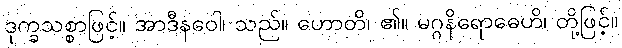
ဒုက္ခသစ္စာဖြင့်။ အာဒီနဝေါ၊ သည်။ ဟောတိ၊ ၏။ မဂ္ဂနိရောဓေဟိ၊ တို့ဖြင့်။